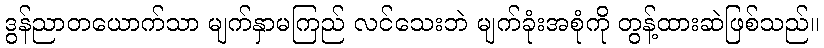
ဒွန်ညာတယောက်သာ မျက်နှာမကြည် လင်သေးဘဲ မျက်ခုံးအစုံကို တွန့်ထားဆဲဖြစ်သည်။